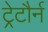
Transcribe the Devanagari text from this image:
ट्रेटौर्न